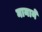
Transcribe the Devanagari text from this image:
नानाने